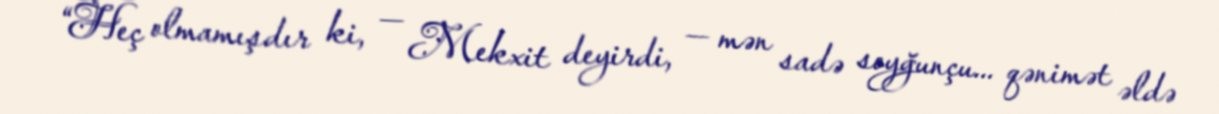
“Heç olmamışdır ki, — Mekxit deyirdi, — mən sadə soyğunçu... qənimət əldə